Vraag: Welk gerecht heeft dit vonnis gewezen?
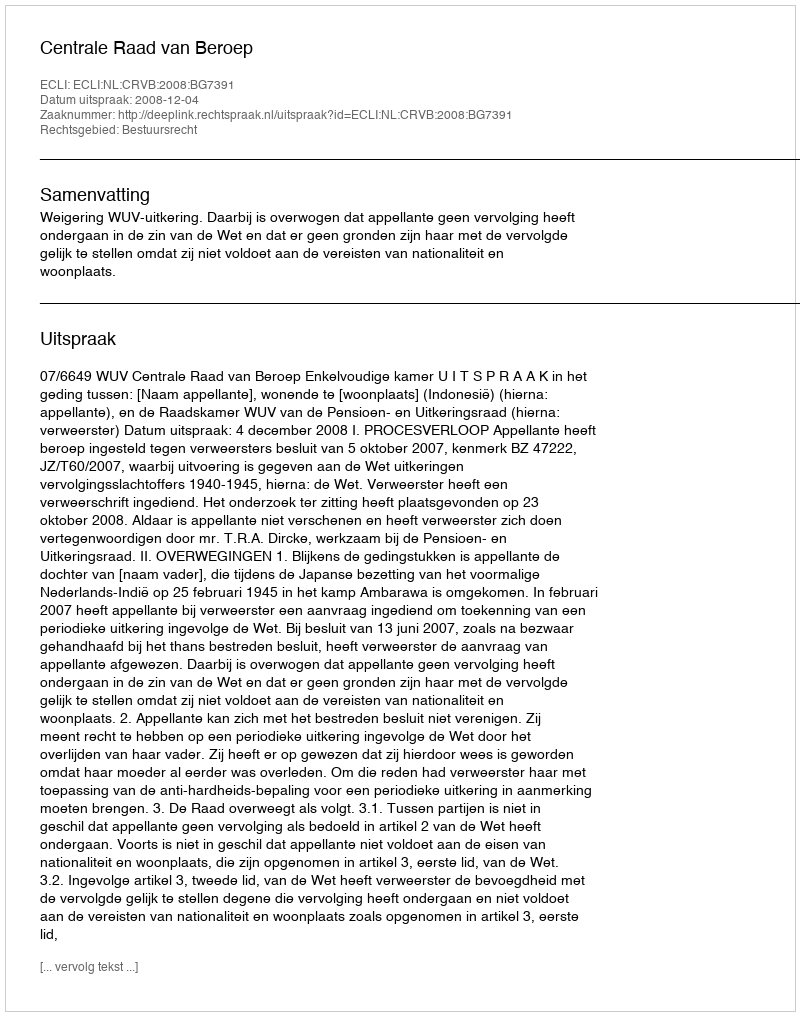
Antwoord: Centrale Raad van Beroep